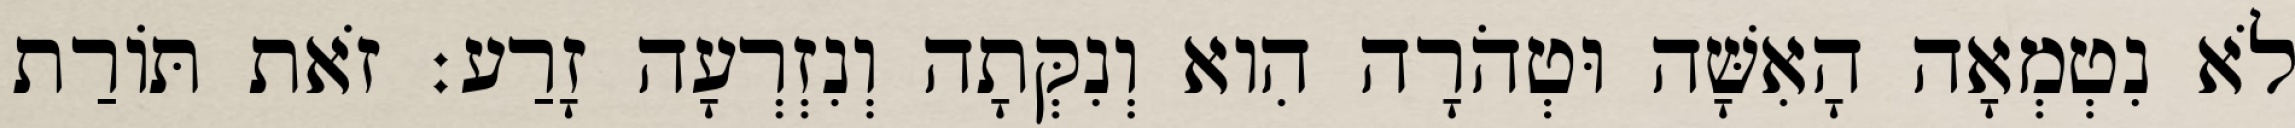
לֹא נִטְמְאָה הָאִשָּׁה וּטְהֹרָה הִוא וְנִקְּתָה וְנִזְרְעָה זָרַע׃ זֹאת תּוֹרַת